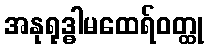
အနုရုဒ္ဓါမထေရ်ဝတ္ထု